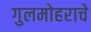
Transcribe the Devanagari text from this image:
गुलमोहराचे